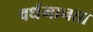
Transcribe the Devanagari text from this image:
वर्धमानता